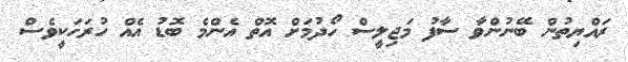
ރައްޔިތުން ބޭނުންވާ ސާފު މަޖިލީސް ހޯދުމަށް އޮތް އެންމެ ބޮޑު އެއް ހުރަހަކީވެސް